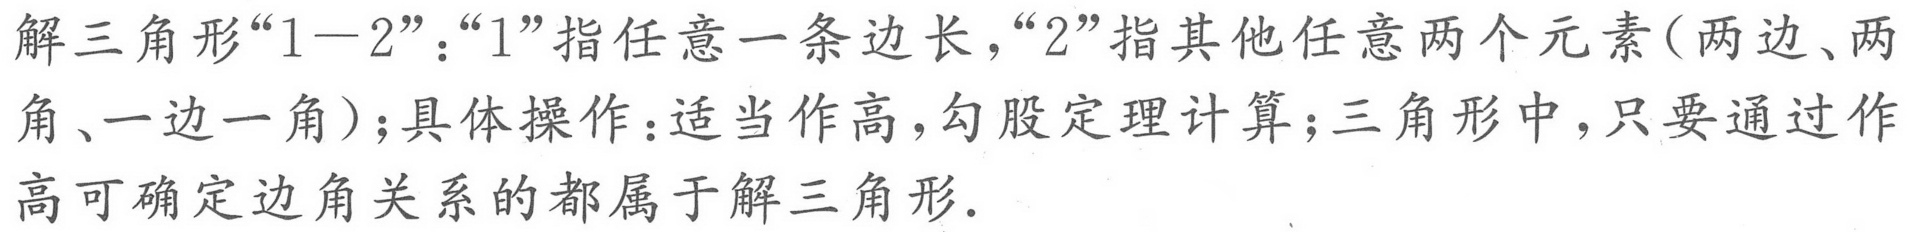
解三角形“\(1 - 2\)”：“\(1\)”指任意一条边长，“\(2\)”指其他任意两个元素（两边、两角、一边一角）；具体操作：适当作高，勾股定理计算；三角形中，只要通过作高可确定边角关系的都属于解三角形.